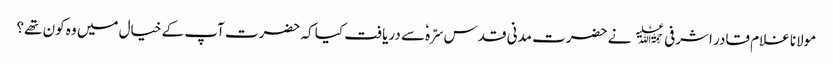
مولانا غلام قادر اشرفی﷫ نے حضرت مدنی قدس سرّہٗ سے دریافت کیا کہ حضرت آپ کے خیال میں وہ کون تھے؟